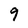
Character: 9